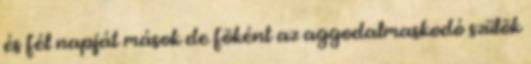
és fél napját mások de fõként az aggodalmaskodó szülõk